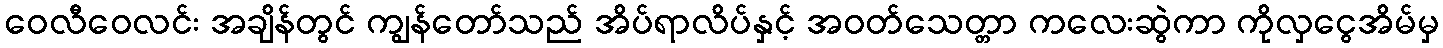
ဝေလီဝေလင်း အချိန်တွင် ကျွန်တော်သည် အိပ်ရာလိပ်နှင့် အဝတ်သေတ္တာ ကလေးဆွဲကာ ကိုလှငွေအိမ်မှ